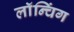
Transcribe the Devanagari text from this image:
लाॅन्चिंग